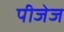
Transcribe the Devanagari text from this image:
पीजेज